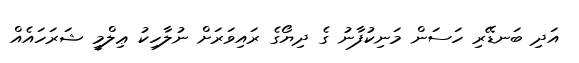
އަދި ބަނޑޭރި ހަސަން މަނިކުފާނު ގެ ދިޔޯގެ ރައިވަރަށް ނުލާހިކު ޢިލްމީ ޝަރަހައެއް